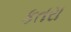
કતરા